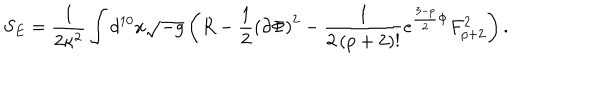
S _ { E } = \frac { 1 } { 2 \kappa ^ { 2 } } \int d ^ { 1 0 } x \sqrt { - g } \left( R - \frac { 1 } { 2 } \left( \partial \Phi \right) ^ { 2 } - \frac { 1 } { 2 \left( p + 2 \right) ! } e ^ { \frac { 3 - p } { 2 } \Phi } F _ { p + 2 } ^ { 2 } \right) .